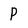
Character: P